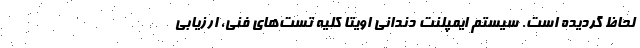
لحاظ گردیده است. سیستم ایمپلنت دندانی اویتا کلیه تست­های فنی، ارزیابی